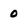
Character: 0